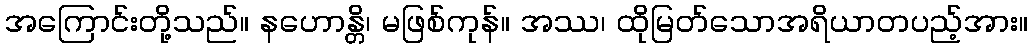
အကြောင်းတို့သည်။ နဟောန္တိ၊ မဖြစ်ကုန်။ အဿ၊ ထိုမြတ်သောအရိယာတပည့်အား။